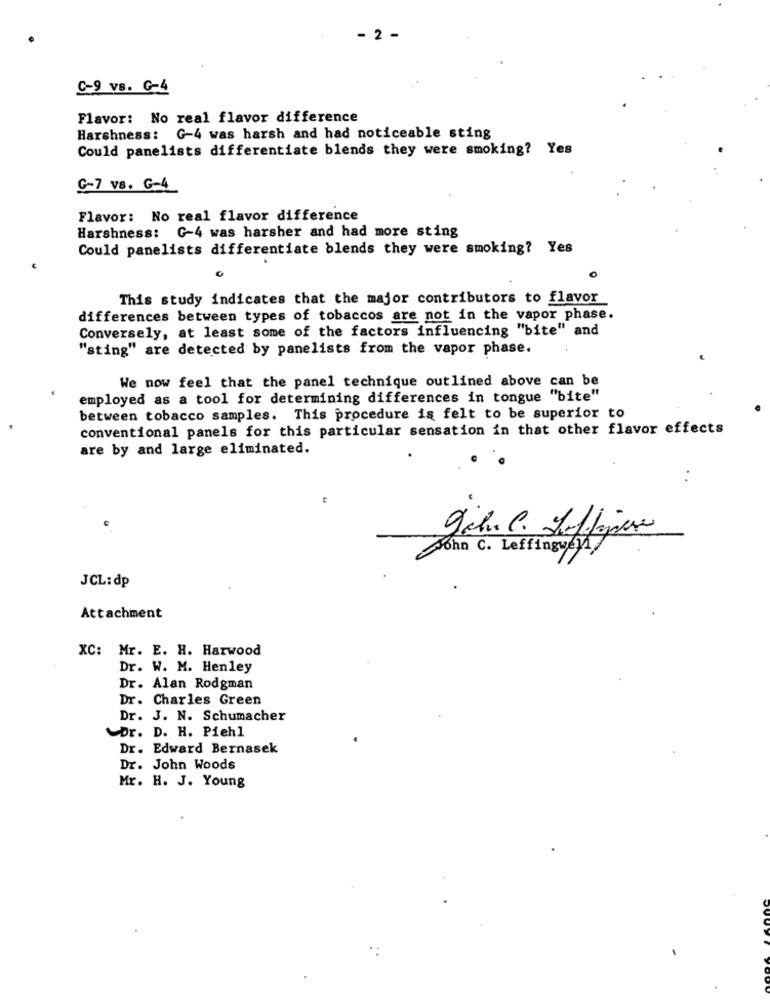
- 2 -
C-9 vs. G-4
Flavor: No real flavor difference
Harshness: G-4 was harsh and had noticeable sting
Could panelists differentiate blends they were smoking? Yes
G-7 vs. G-4
Flavor: No real flavor difference
Harshness: G-4 was harsher and had more sting
Could panelists differentiate blends they were smoking? Yes
This study indicates that the major contributors to flavor
differences between types of tobaccos are not in the vapor phase.
Conversely, at least some of the factors influencing "bite" and
"sting" are detected by panelists from the vapor phase.
We now feel that the panel technique outlined above can be
employed as a tool for determining differences in tongue "bite"
between tobacco samples. This procedure is felt to be superior to
conventional panels for this particular sensation in that other flavor effects
are by and large eliminated.
John C. Leffingweyl
JCL:dp
Attachment
XC: Mr. E. H. Harwood
Dr. W. M. Henley
Dr. Alan Rodgman
Dr. Charles Green
Dr. J. N. Schumacher
Dr. D. H. Piehl
Dr. Edward Bernasek
Dr. John Woods
Mr. H. J. Young